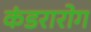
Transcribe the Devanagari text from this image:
कंडरारोग